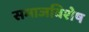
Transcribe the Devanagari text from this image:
समाजविशेष